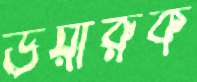
উয়ারুক